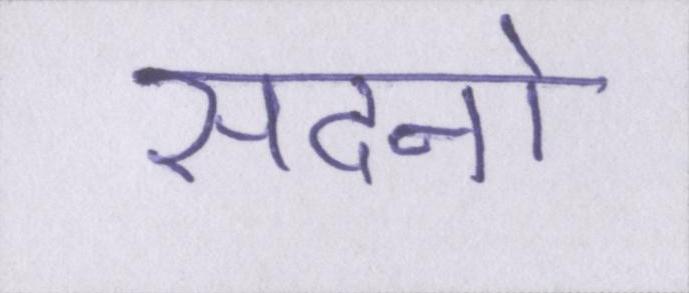
सदनो